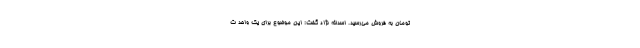
تومان به فروش می‌رسید. اسدالله نژاد گفت: این موضوع برای یک واحد ت